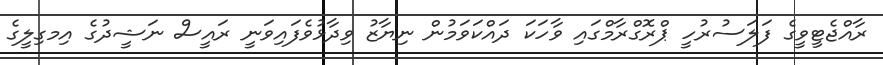
ރާއްޖެޓީވީގެ ފަލަސުރުހީ ޕްރޮގްރާމްގައި ވާހަކަ ދައްކަވަމުން ނިޔާޒު ވިދާޅުވެފައިވަނީ ރައީސް ނަޝީދުގެ އިމގިލީގެ